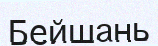
Бейшань